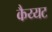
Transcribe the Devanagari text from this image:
कैय्यट